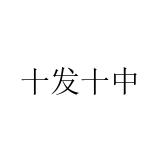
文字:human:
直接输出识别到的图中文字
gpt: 十发十中